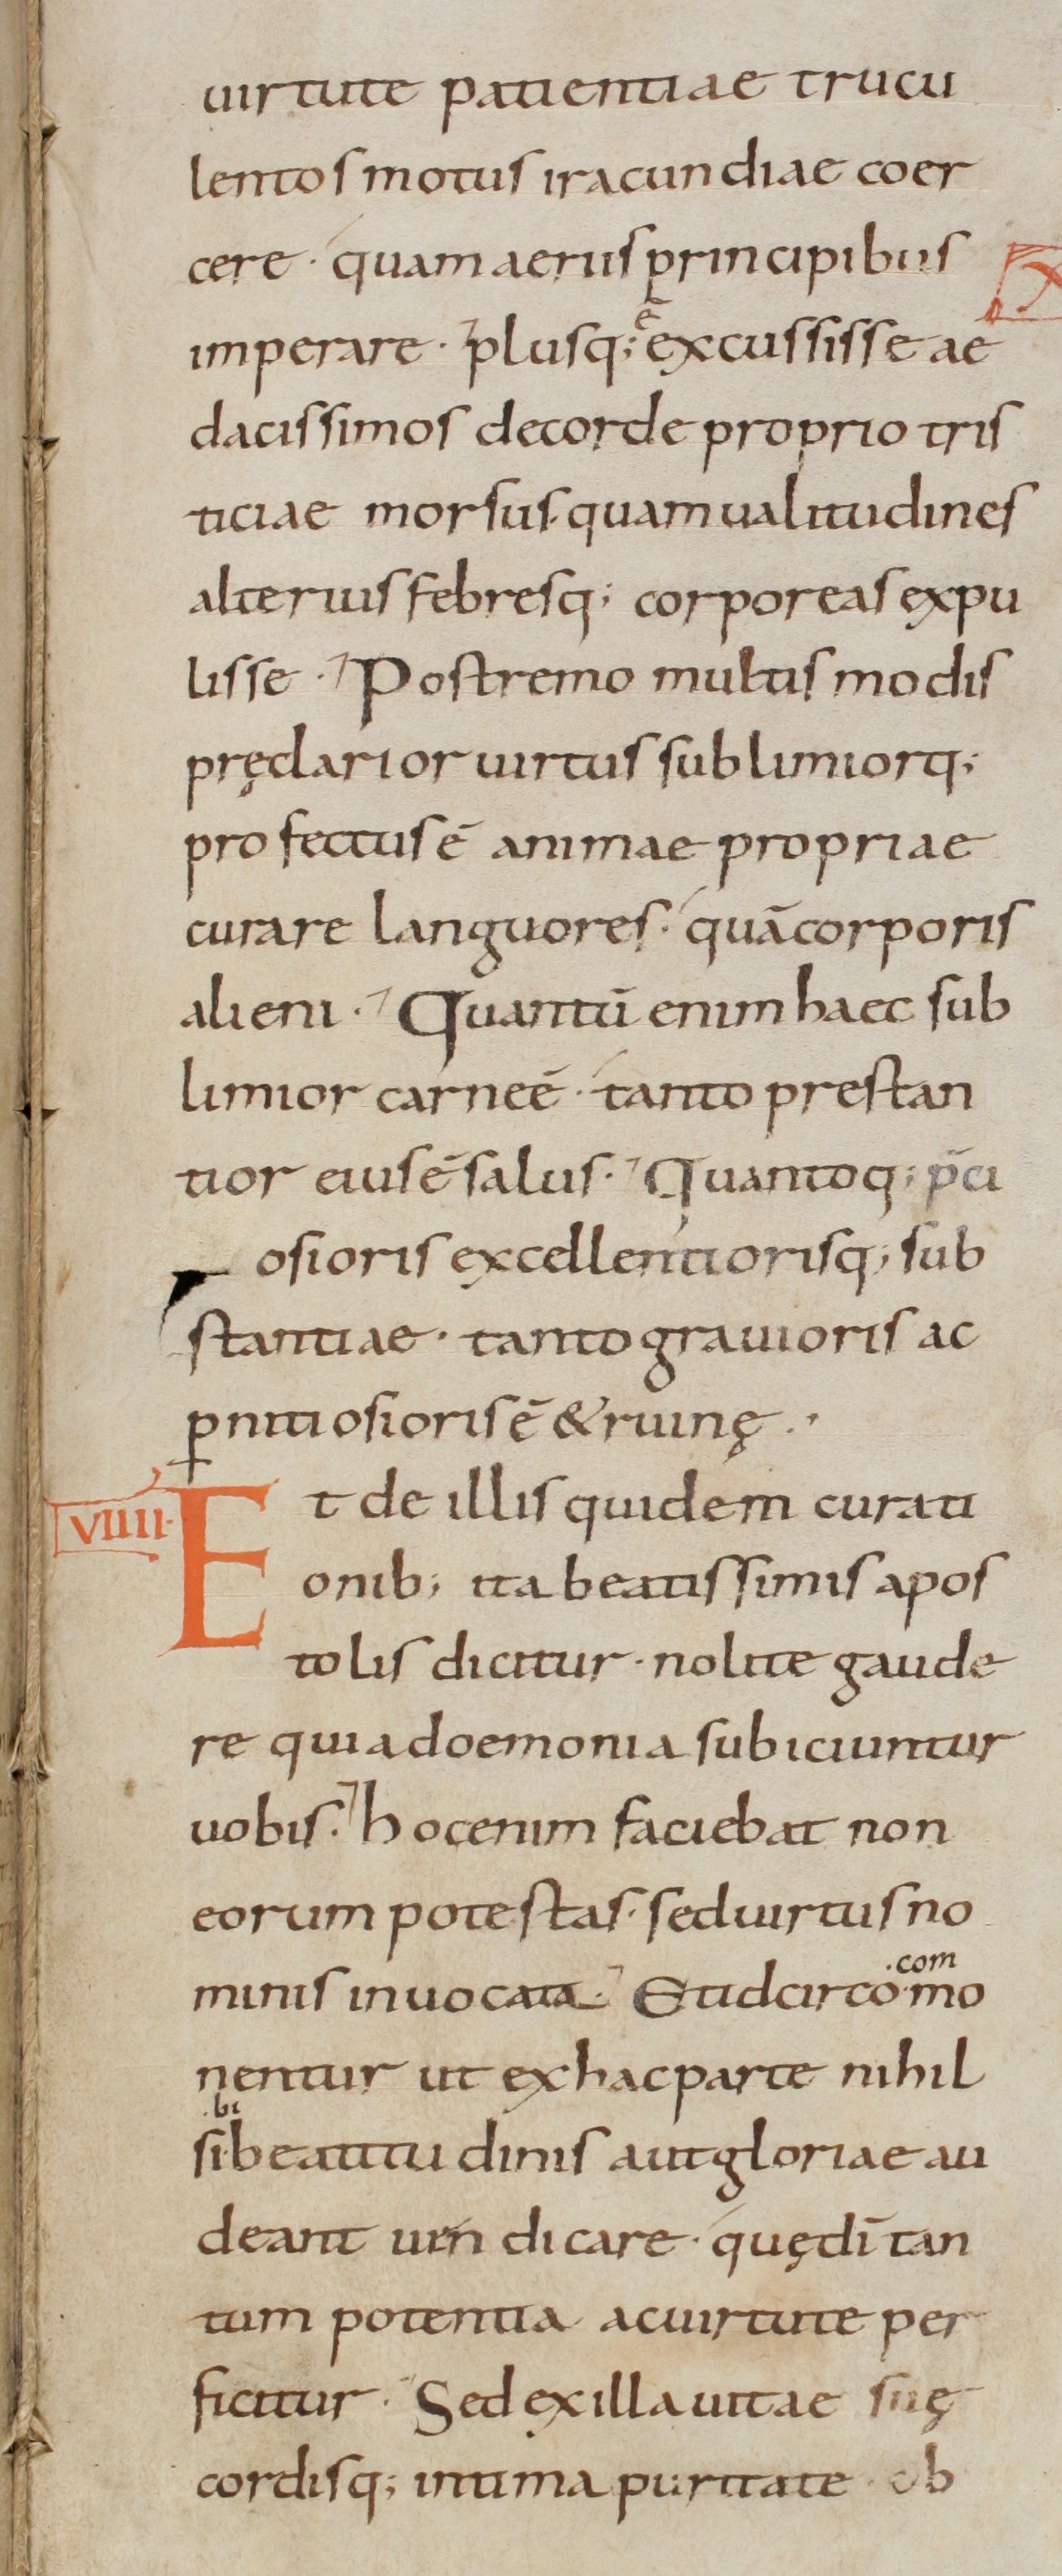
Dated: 800–899